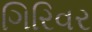
ગિરિવર